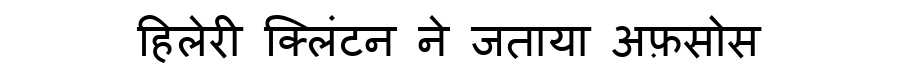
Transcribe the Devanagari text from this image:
हिलेरी क्लिंटन ने जताया अफ़सोस